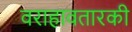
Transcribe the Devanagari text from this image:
वराहावतारकी